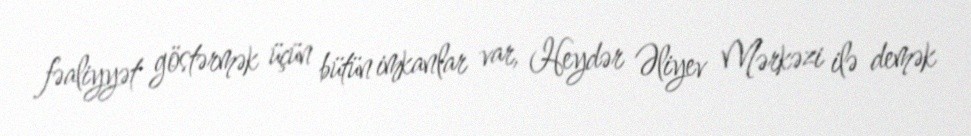
fəaliyyət göstərmək üçün bütün imkanlar var, Heydər Əliyev Mərkəzi ilə demək